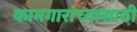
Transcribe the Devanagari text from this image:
कामगारांच्यासाठी